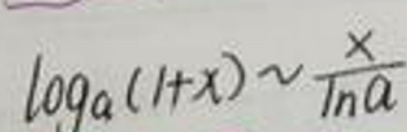
\[\log_a(1 + x)\sim\frac{x}{\ln a}\]